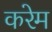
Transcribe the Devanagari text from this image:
करेम